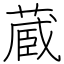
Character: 蔵